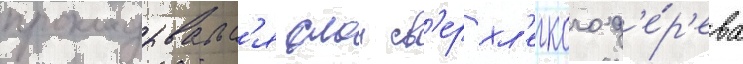
прокладывалс'я слои св'ерхл'егкого д'е́р'ева